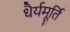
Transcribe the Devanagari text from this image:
धैर्यमूर्ति